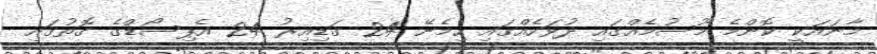
މާނައަކީ ކޮންމެ މޫސުމެއްގައި ދުވަހެއްގައި ހިމެނޭ 24 ގަޑިއިރު 24 އެޕިސޯޑްގެ ގޮތުގައި